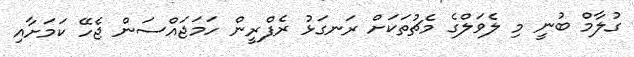
ގުލާމް ބުނީ މި ލެވަލްގެ މެޗުތަކަށް ރަނގަޅު ރެފްރީން ހަމަޖައްސަން ޖެހޭ ކަމަށާއި